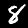
Digit: 8